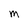
Character: M